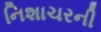
નિશાચરની